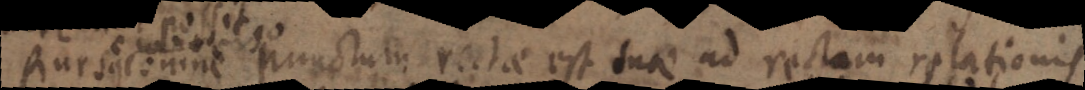
Rursus omne punctum rectae est suae ad rectam relationis